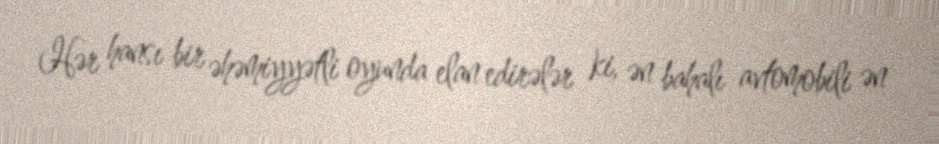
Hər hansı bir əhəmiyyətli oyunda elan edirələr ki, ən bahalı avtomobili ən